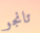
تانجو